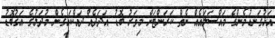
އަޅުގަނޑުމެންގެ މައްސަލައެއް ނެތް ކަރަންޓަށް މިވަރު ބޮޑު އަދަދެެއް ދައްކައިގެން މުދަލުގެ އަގުބޮޑު